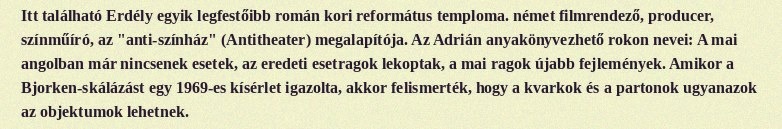
Itt található Erdély egyik legfestőibb román kori református temploma. német filmrendező, producer, színműíró, az "anti-színház" (Antitheater) megalapítója. Az Adrián anyakönyvezhető rokon nevei: A mai angolban már nincsenek esetek, az eredeti esetragok lekoptak, a mai ragok újabb fejlemények. Amikor a Bjorken-skálázást egy 1969-es kísérlet igazolta, akkor felismerték, hogy a kvarkok és a partonok ugyanazok az objektumok lehetnek.